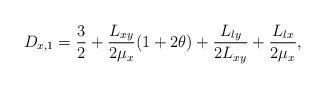
LaTeX: \begin{align*}D_{x,1} = \frac{3}{2}+\frac{L_{xy}}{2\mu_{x}}(1+2\theta)+\frac{L_{ly}}{2L_{xy}}+\frac{L_{lx}}{2\mu_{x}},\end{align*}